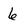
Character: 6